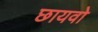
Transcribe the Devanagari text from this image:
छायवो